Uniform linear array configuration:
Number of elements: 24
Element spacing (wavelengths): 0.75
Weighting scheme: kaiser
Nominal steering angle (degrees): -15
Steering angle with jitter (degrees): -14.821
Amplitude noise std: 0.05
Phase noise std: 0.05

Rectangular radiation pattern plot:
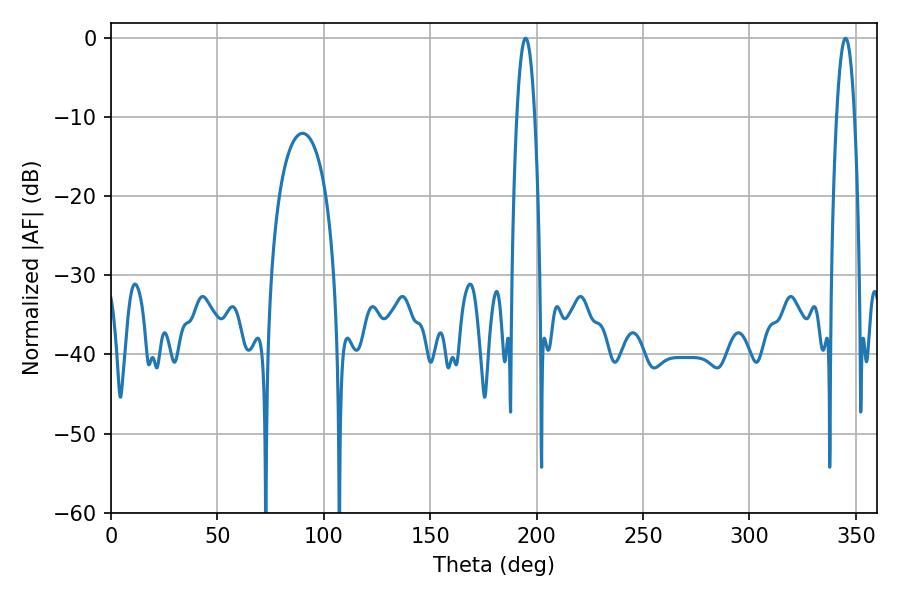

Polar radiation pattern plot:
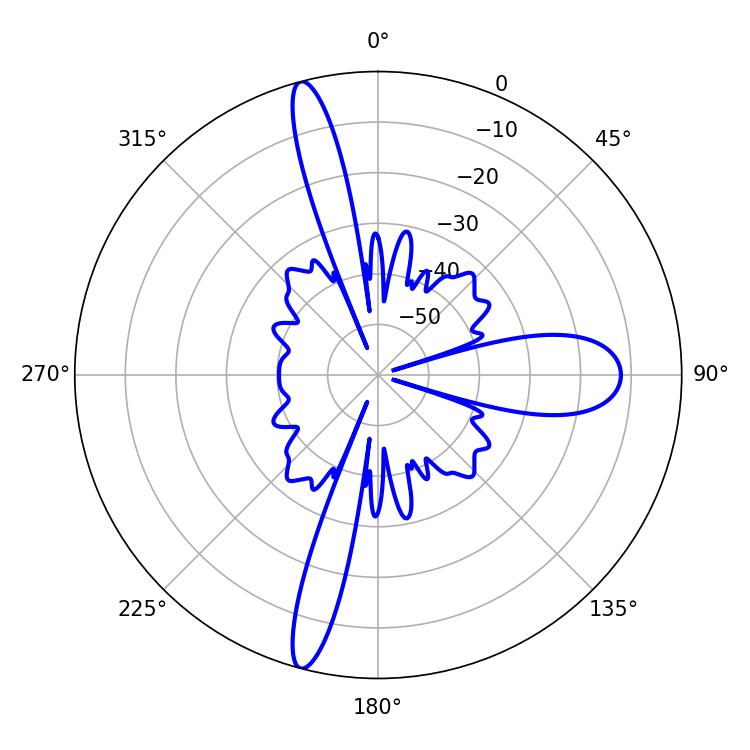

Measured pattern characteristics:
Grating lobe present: TRUE
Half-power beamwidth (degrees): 4.5
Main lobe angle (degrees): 194.76